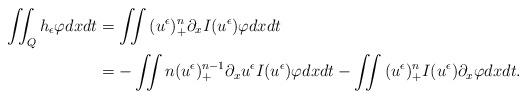
LaTeX: \begin{align*}\iint_Q{h_\epsilon \varphi} dx dt & =\iint{(u^\epsilon)_+^n \partial_x I(u^\epsilon) \varphi } dx dt \\& = - \iint{n (u^\epsilon)_+^{n-1} \partial_x u^\epsilon I(u^\epsilon) \varphi} dx dt - \iint{(u^\epsilon)_+^n I(u^\epsilon) \partial_x \varphi} dx dt .\end{align*}